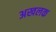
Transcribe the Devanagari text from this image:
अखलक